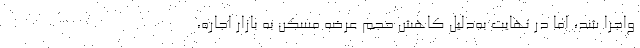
واجرا شد، اما در نهایت به‌دلیل کاهش حجم عرضه مسکن به بازار اجاره،